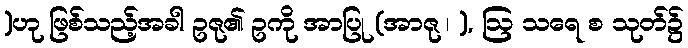
)ဟု ဖြစ်သည့်အခါ ဥဇု၏ ဥကို အာပြု (အာဇု ၊ ), ဩ သရေ စ သုတ်၌